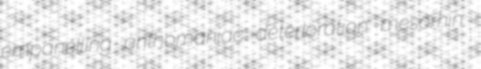
empanelling anthomaniac deterioration mesorhin